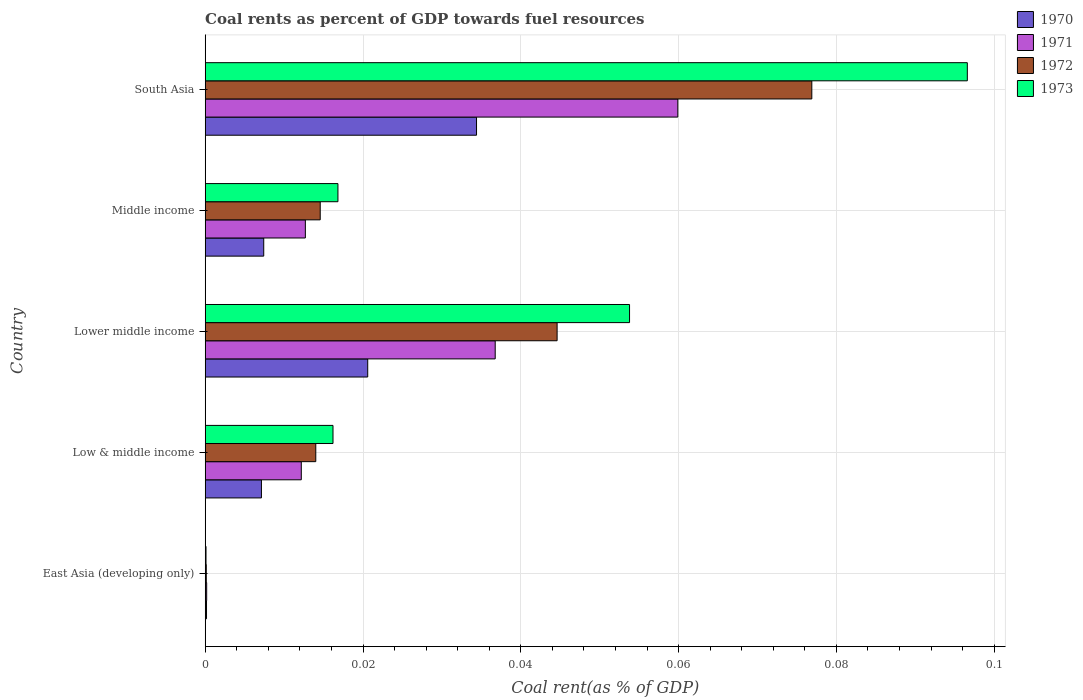
| Country | 1970 | 1971 | 1972 | 1973 |
 | --- | --- | --- | --- | --- |
 | East Asia (developing only) | 0.000167 | 0.000187 | 0.000138 | 0.000103 |
 | Low & middle income | 0.00713 | 0.0122 | 0.014 | 0.0162 |
 | Lower middle income | 0.0206 | 0.0368 | 0.0446 | 0.0538 |
 | Middle income | 0.00742 | 0.0127 | 0.0146 | 0.0168 |
 | South Asia | 0.0344 | 0.0599 | 0.0769 | 0.0966 |